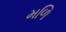
મળિ